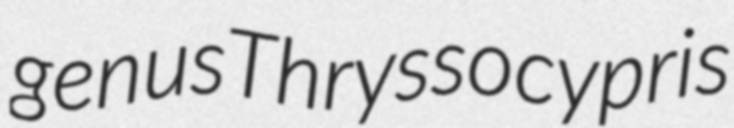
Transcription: genus Thryssocypris